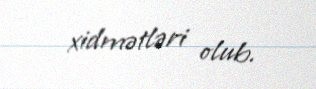
xidmətləri olub.